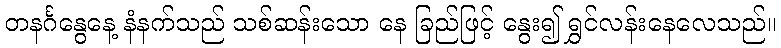
တနင်္ဂနွေနေ့ နံနက်သည် သစ်ဆန်းသော နေ ခြည်ဖြင့် နွေး၍ ရွှင်လန်းနေလေသည်။